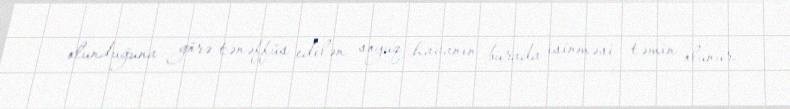
olunduğuna görə tənəffüs edilən soyuq havanın burada isinməsi təmin olunur.